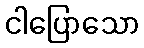
ငါပြောသော